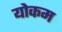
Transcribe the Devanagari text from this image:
योकम